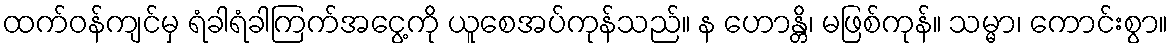
ထက်ဝန်ကျင်မှ ရံခါရံခါကြက်အငွေ့ကို ယူစေအပ်ကုန်သည်။ န ဟောန္တိ၊ မဖြစ်ကုန်။ သမ္မာ၊ ကောင်းစွာ။